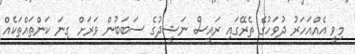
މިވީ އެއްއަހަރު ދުވަހުގެ ތެރޭގައި ރައީސް ނަޝީދުގެ ސަބަބުން ވަރަށް ގިނަ ކަންތައްތަކެއް